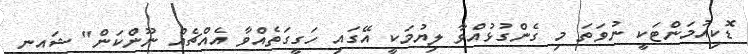
ޑޮކިއުމަންޓަކީ ނުވަތަ މި ގެންގުޅުއްވާ ލިޔުމަކީ އޭގައި ހަގީގަތެއްވާ އެއްޗެއް ނޫންކަން" ޝައިނީ